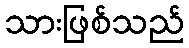
သားဖြစ်သည်